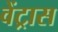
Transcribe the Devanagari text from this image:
वेंट्रास